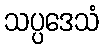
သပ္ပဒေသံ